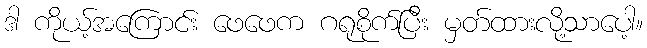
ဒါ ကိုယ့်အကြောင်း ဖေဖေက ဂရုစိုက်ပြီး မှတ်ထားလို့သာပေါ့။